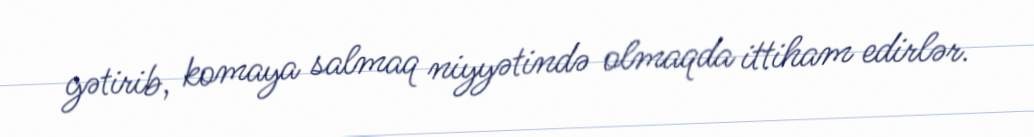
gətirib, komaya salmaq niyyətində olmaqda ittiham edirlər.